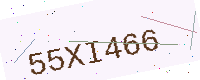
Text: 55XI466